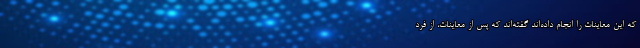
که این معاینات را انجام داده‌اند گفته‌اند که پس از معاینات، از فرد